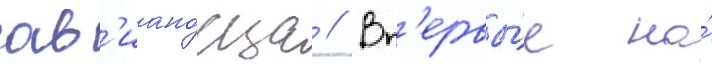
ав'иано́сца // Вп'ервы́е на́